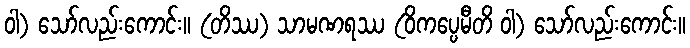
ဝါ) သော်လည်းကောင်း။ (တိဿ) သာမဏရဿ (ဝိကပ္ပေမီတိ ဝါ) သော်လည်းကောင်း။